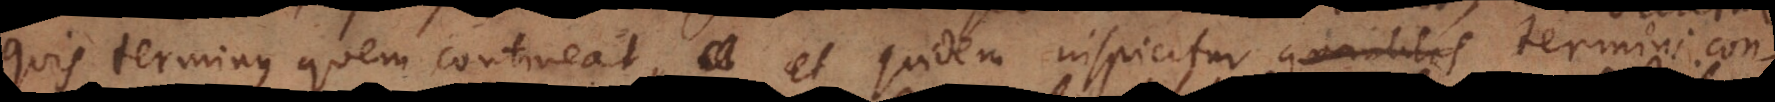
quis terminus quem contineat, et quidem inspicitur [terminus co